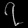
Digit: ၇